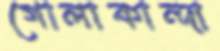
গোলাকান্দা